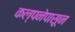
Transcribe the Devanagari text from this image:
कल्पनेपासून